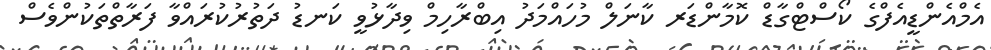
އެމްއެންޑީއެފްގެ ކޯސްޓްގާޑް ކޮމާންޑަރ ކާނަލް މުހައްމަދު އިބްރާހިމް ވިދާޅުވީ ކަނޑު ދަތުރުކުރައްވާ ފަރާތްތަކުންވެސް